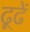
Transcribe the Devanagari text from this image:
ढूढें